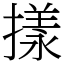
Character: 㨾